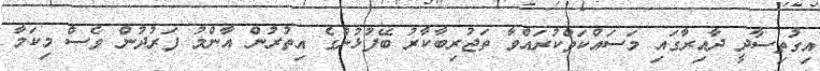
އިގުތިސާދީ ދާއިރާގައި މަސައްކަތްކުރައްވާ ތަޖުރިބާކާރު ބޭފުޅުންގެ އިތުރުން އާންމު ފަރުދުން ވެސް މިކަމާ